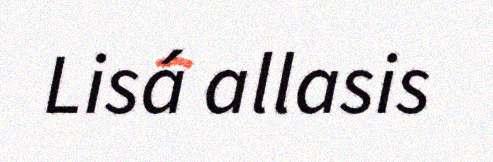
Lisá allasis